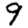
Digit: 9